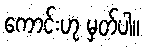
ကောင်းဟု မှတ်ပါ။